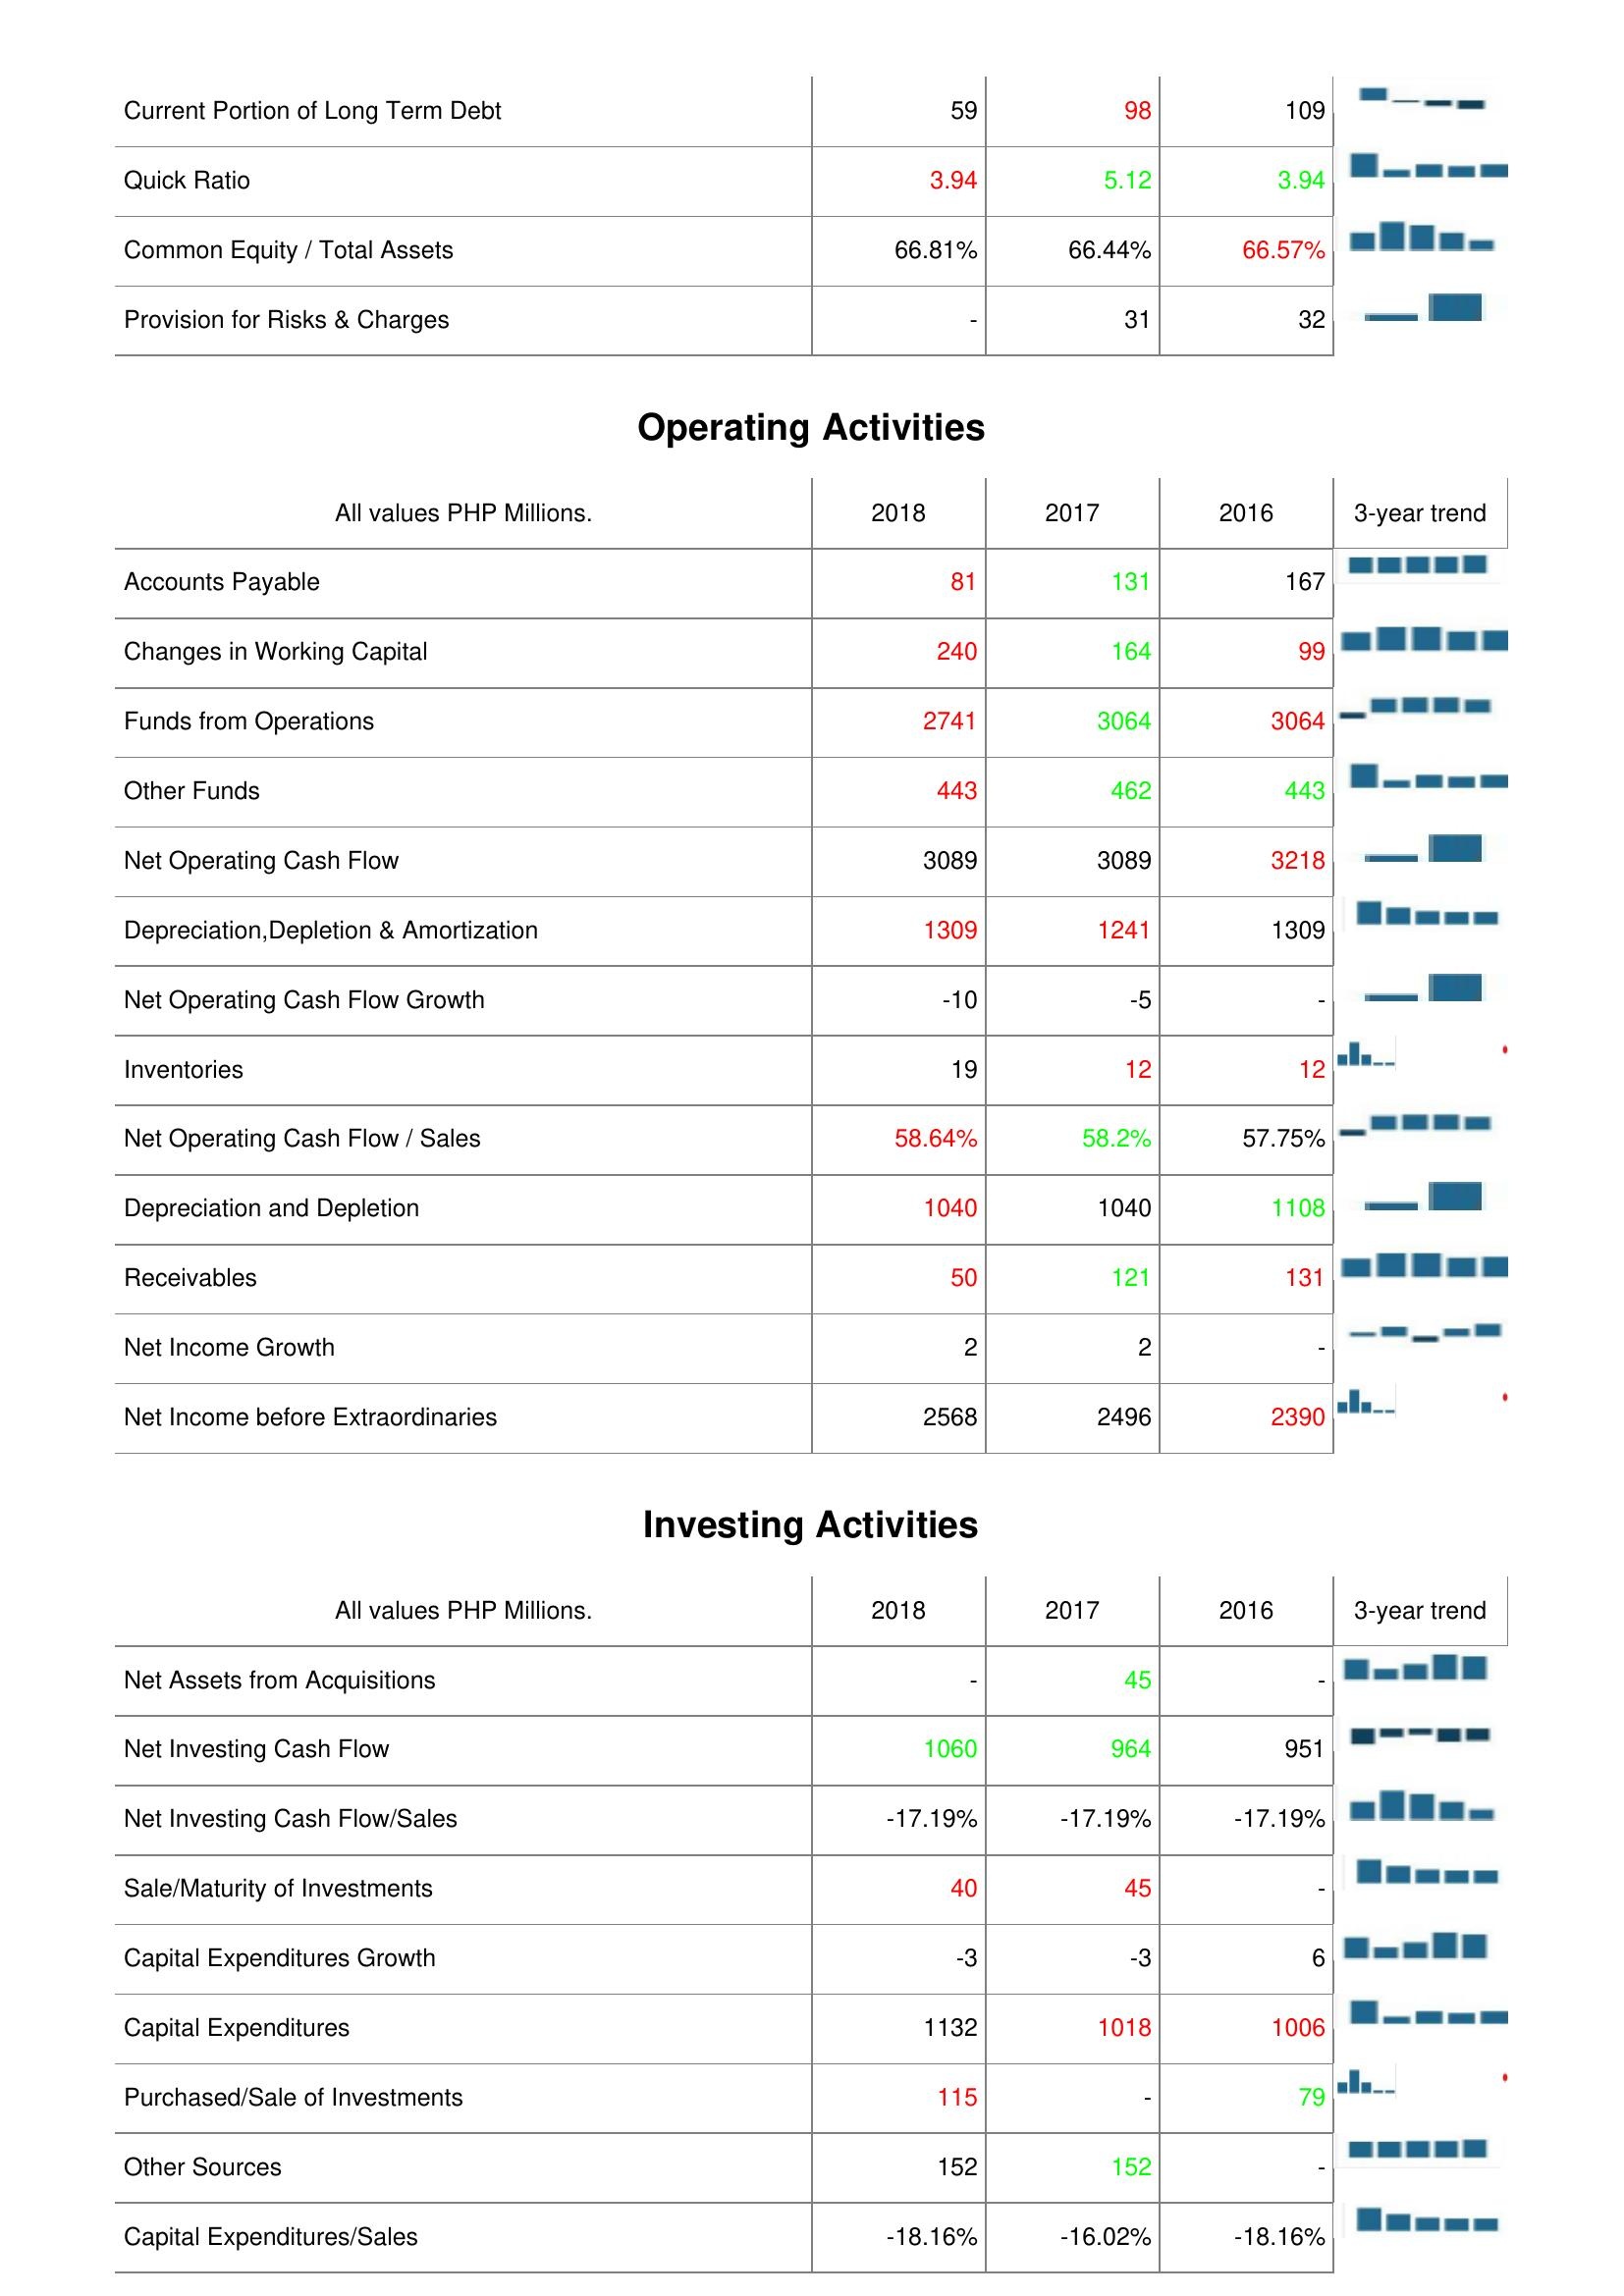
2018: Liabilities & Shareholder's Equity: Current Portion of Long Term Debt: 59
Quick Ratio: 3.94
Common Equity / Total Assets: 66.81%
Provision for Risks & Charges: -
Operating Activities: Accounts Payable: 81
Changes in Working Capital: 240
Funds from Operations: 2741
Other Funds: 443
Net Operating Cash Flow: 3089
Depreciation,Depletion & Amortization: 1309
Net Operating Cash Flow Growth: -10
Inventories: 19
Net Operating Cash Flow / Sales: 58.64%
Depreciation and Depletion: 1040
Receivables: 50
Net Income Growth: 2
Net Income before Extraordinaries: 2568
Investing Activities: Net Assets from Acquisitions: -
Net Investing Cash Flow: 1060
Net Investing Cash Flow/Sales: -17.19%
Sale/Maturity of Investments: 40
Capital Expenditures Growth: -3
Capital Expenditures: 1132
Purchased/Sale of Investments: 115
Other Sources: 152
Capital Expenditures/Sales: -18.16%
2017: Liabilities & Shareholder's Equity: Current Portion of Long Term Debt: 98
Quick Ratio: 5.12
Common Equity / Total Assets: 66.44%
Provision for Risks & Charges: 31
Operating Activities: Accounts Payable: 131
Changes in Working Capital: 164
Funds from Operations: 3064
Other Funds: 462
Net Operating Cash Flow: 3089
Depreciation,Depletion & Amortization: 1241
Net Operating Cash Flow Growth: -5
Inventories: 12
Net Operating Cash Flow / Sales: 58.2%
Depreciation and Depletion: 1040
Receivables: 121
Net Income Growth: 2
Net Income before Extraordinaries: 2496
Investing Activities: Net Assets from Acquisitions: 45
Net Investing Cash Flow: 964
Net Investing Cash Flow/Sales: -17.19%
Sale/Maturity of Investments: 45
Capital Expenditures Growth: -3
Capital Expenditures: 1018
Purchased/Sale of Investments: -
Other Sources: 152
Capital Expenditures/Sales: -16.02%
2016: Liabilities & Shareholder's Equity: Current Portion of Long Term Debt: 109
Quick Ratio: 3.94
Common Equity / Total Assets: 66.57%
Provision for Risks & Charges: 32
Operating Activities: Accounts Payable: 167
Changes in Working Capital: 99
Funds from Operations: 3064
Other Funds: 443
Net Operating Cash Flow: 3218
Depreciation,Depletion & Amortization: 1309
Net Operating Cash Flow Growth: -
Inventories: 12
Net Operating Cash Flow / Sales: 57.75%
Depreciation and Depletion: 1108
Receivables: 131
Net Income Growth: -
Net Income before Extraordinaries: 2390
Investing Activities: Net Assets from Acquisitions: -
Net Investing Cash Flow: 951
Net Investing Cash Flow/Sales: -17.19%
Sale/Maturity of Investments: -
Capital Expenditures Growth: 6
Capital Expenditures: 1006
Purchased/Sale of Investments: 79
Other Sources: -
Capital Expenditures/Sales: -18.16%